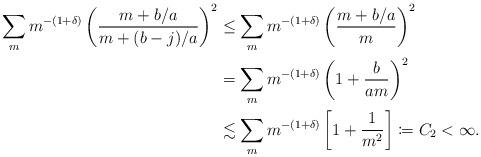
LaTeX: \begin{align*}\sum_m m^{-(1+\delta)} \left( \frac{m+b/a}{m+ (b-j)/a} \right)^2 &\leq \sum_m m^{-(1+\delta)} \left(\frac{m+b/a}{m} \right)^2\\ &= \sum_m m^{-(1+\delta)} \left(1+\frac{b}{am} \right)^2\\& \lesssim \sum_m m^{-(1+\delta)} \left[ 1+ \frac{1}{m^2}\right] \coloneqq C_2 < \infty.\end{align*}